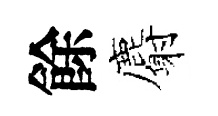
餘麝